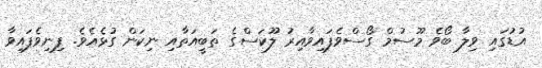
އުޑުގައި ވިލާ ބޯވެ މޫސުމް ގޯސްވެފައިވާއިރު ލޫކަސްގެ ތަބީއަތާއި ނިކަން ގުޅެއެވެ. ފިނިވެފައިވާ